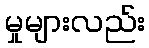
မှုများလည်း